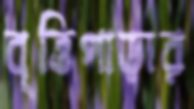
বৃত্তিপাড়ার